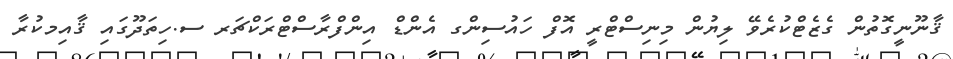
ޤާނޫނީގޮތުން ގެޒެޓްކުރެވޭ ލިޔުން މިނިސްޓްރީ އޮފް ހައުސިންގ އެންޑް އިންފްރާސްޓްރަކްޗަރ ސ.ހިތަދޫގައި ޤާއިމކުރާ